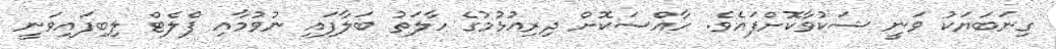
ގިނަބަޔަކު ވަނީ ޝަކުވާކޮށްފައެވެ. ހާއްސަކޮށް ދިރިއުޅުމުގެ ހާލަތު ބަލާފައި ނުވުމާއި ފްލެޓް ލިބިފައިވަނީ